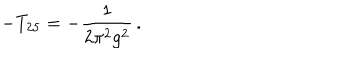
LaTeX: - T _ { 2 5 } = - \frac { 1 } { 2 \pi ^ { 2 } g ^ { 2 } } \, .